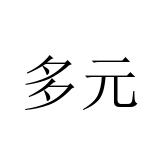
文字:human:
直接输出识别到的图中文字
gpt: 多元